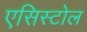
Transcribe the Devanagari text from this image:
एसिस्टोल